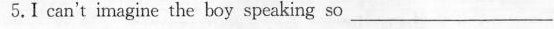
5.Ⅰ can't imagine the boy speaking so ___